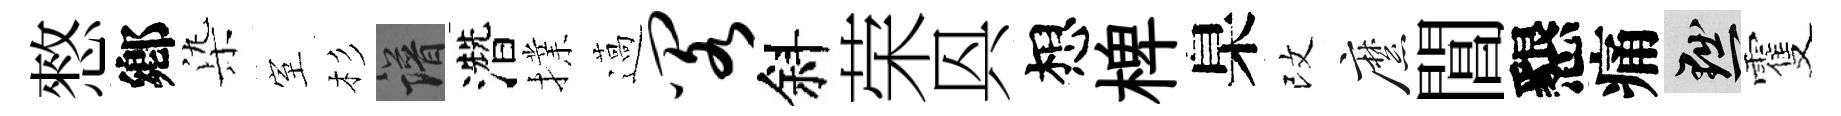
憗鄕𣑱室杉譜濳擈薖阁斜荣㒷想椑臬改縻閶懇痛黜䨥